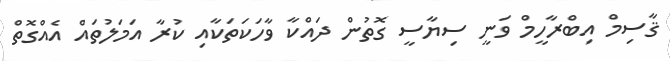
ޤާސިމް އިބްރާހީމް ވަނީ ސިޔާސީ ގޮތުން ދައްކާ ވާހަކަތަކާއި ކުރާ އަމަލުތައް އެއްގޮތް